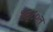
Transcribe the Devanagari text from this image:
१६८०त